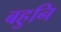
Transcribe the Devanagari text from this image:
बहुनि